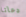
دعانا